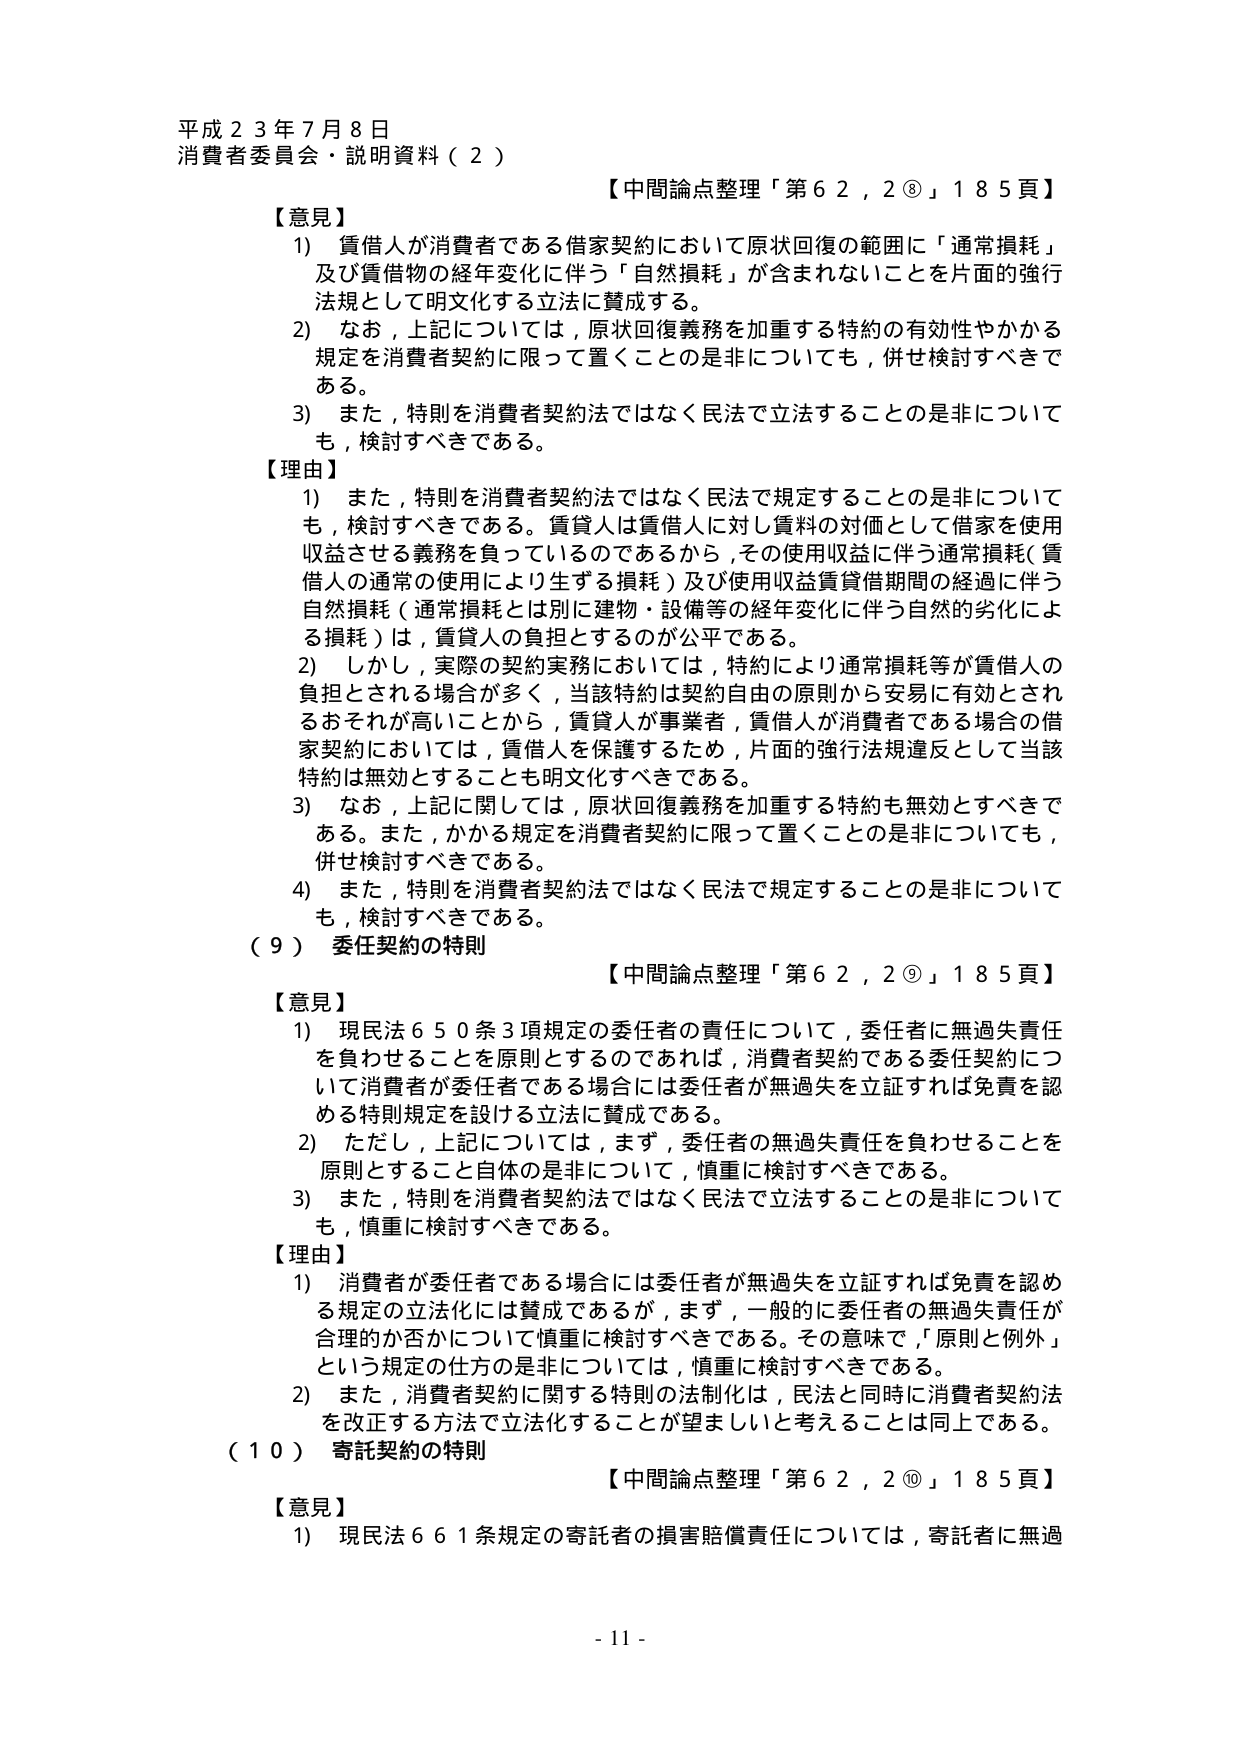
平成２３年７月８日
消費者委員会・説明資料（２）

【中間論点整理「第６２，２⑧」１８５頁】

【意見】
1) 賃借人が消費者である借家契約において原状回復の範囲に「通常損耗」
及び賃借物の経年変化に伴う「自然損耗」が含まれないことを片面的強行
法規として明文化する立法に賛成する。
2) なお，上記については，原状回復義務を加重する特約の有効性やかかる
規定を消費者契約に限って置くことの是非についても，併せ検討すべきで
ある。
3) また，特別を消費者契約法ではなく民法で立法することの是非について
も，検討すべきである。

【理由】
1) また，特別を消費者契約法ではなく民法で規定することの是非について
も，検討すべきである。賃貸人は賃借人に対し賃料の対価として借家を使用
収益させる義務を負っているのであるから，その使用収益に伴う通常損耗（賃
借人の通常の使用により生ずる損耗）及び使用収益賃借期間の経過に伴う
自然損耗（通常損耗とは別に建物・設備等の経年変化に伴う自然的劣化によ
る損耗）は，賃貸人の負担とするのが公平である。
2) しかし，実際の契約実務においては，特約により通常損耗等が賃借人の
負担とされる場合が多く，当該特約は契約自由の原則から安易に有効とされ
るおそれが高いことから，賃貸人が事業者，賃借人が消費者である場合の借
家契約においては，賃借人を保護するため，片面的強行法規違反として当該
特約は無効とすることも明文化すべきである。
3) なお，上記に関しては，原状回復義務を加重する特約も無効とすべきで
ある。また，かかる規定を消費者契約に限って置くことの是非についても，
併せ検討すべきである。
4) また，特別を消費者契約法ではなく民法で規定することの是非について
も，検討すべきである。

（９） 委任契約の特則
【中間論点整理「第６２，２⑨」１８５頁】

【意見】
1) 現民法６５０条３項規定の委任者の責任について，委任者に無過失責任
を負わせることを原則とするのであれば，消費者契約である委任契約につ
いて消費者が委任者である場合には委任者が無過失を立証すれば免責を認
める特別規定を設ける立法に賛成である。
2) ただし，上記については，まず，委任者の無過失責任を負わせることを
原則とすること自体の是非について，慎重に検討すべきである。
3) また，特別を消費者契約法ではなく民法で立法することの是非について
も，慎重に検討すべきである。

【理由】
1) 消費者が委任者である場合には委任者が無過失を立証すれば免責を認め
る規定の立法化には賛成であるが，まず，一般的に委任者の無過失責任が
合理的か否かについて慎重に検討すべきである。その意味で，「原則と例外」
という規定の仕方の是非については，慎重に検討すべきである。
2) また，消費者契約に関する特則の法制化は，民法と同時に消費者契約法
を改正する方法で立法化することが望ましいと考えることは同上である。

（１０） 寄託契約の特則
【中間論点整理「第６２，２⑩」１８５頁】

【意見】
1) 現民法６６１条規定の寄託者の損害賠償責任については，寄託者に無過

- 11 -